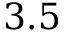
3 . 5